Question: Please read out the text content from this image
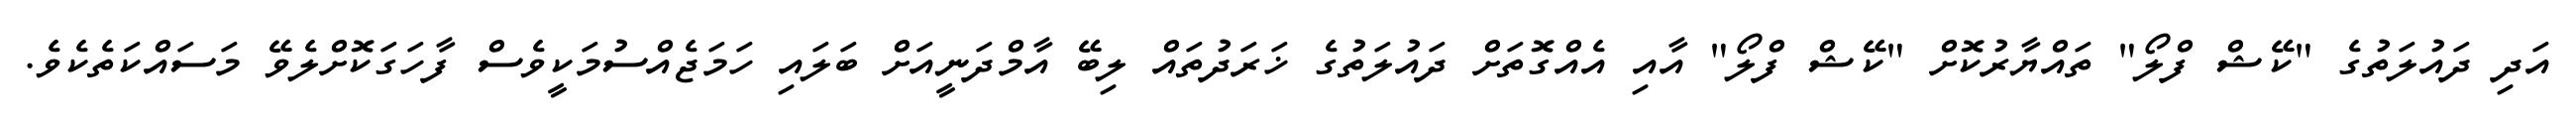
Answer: އަދި ދައުލަތުގެ "ކޭޝް ފްލޯ" ތައްޔާރުކޮށް "ކޭޝް ފްލޯ" އާއި އެއްގޮތަށް ދައުލަތުގެ ޚަރަދުތައް ލިބޭ އާމްދަނީއަށް ބަލައި ހަމަޖެއްސުމަކީވެސް ފާހަގަކޮށްލެވޭ މަސައްކަތެކެވެ.